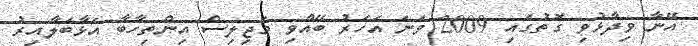
އޭނާ ވިދާޅުވި ގޮތުގައި 2009 ވަނަ އަހަރު ބޭއްވި މަޖިލިސް އިންތިހާބާ އަޅާބަލާއިރު